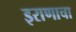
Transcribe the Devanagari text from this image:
इराणाचा